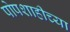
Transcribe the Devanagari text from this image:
पोपशाहीच्या